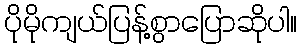
ပိုမိုကျယ်ပြန့်စွာပြောဆိုပါ။